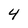
Character: 4